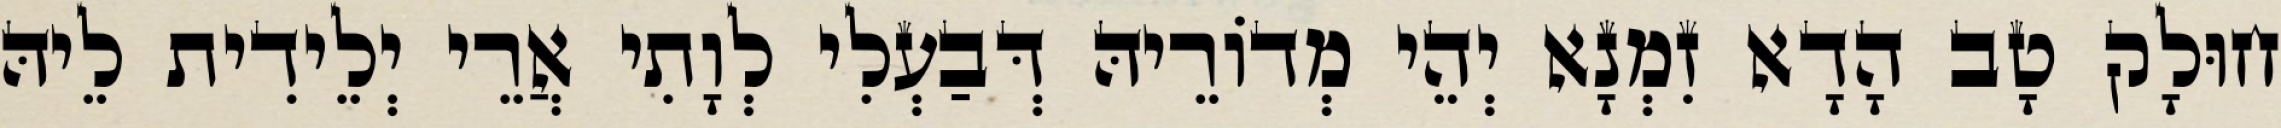
חוּלָק טָב הָדָא זִמְנָא יְהֵי מְדוֹרֵיהּ דְּבַעְלִי לְוָתִי אֲרֵי יְלֵידִית לֵיהּ